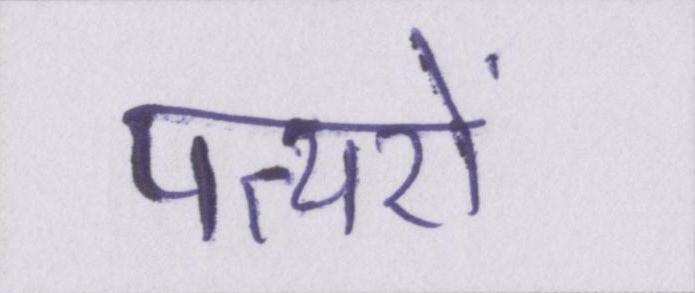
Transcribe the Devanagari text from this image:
पत्थरों